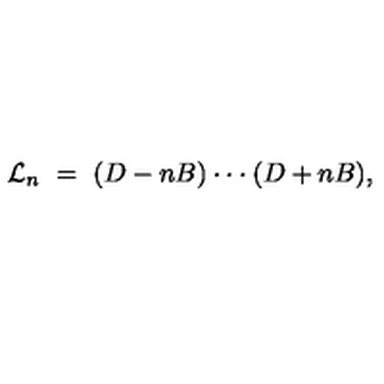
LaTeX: { \cal L } _ { n } \ = \ ( D - n B ) \cdot \cdot \cdot ( D + n B ) ,